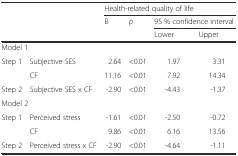
| <ROWSPAN=3-COLSPAN=2>  | <COLSPAN=4> Health-related quality of life |
 | <ROWSPAN=2> B | <ROWSPAN=2> p | <COLSPAN=2> 95 % confidence interval |
 | Lower | Upper |
 | --- | --- | --- | --- | --- | --- |
 | <COLSPAN=6> Model 1 |
 | <ROWSPAN=2> Step 1 | Subjective SES | 2.64 | <0.01 | 1.97 | 3.31 |
 | CF | 11.16 | <0.01 | 7.92 | 14.34 |
 | Step 2 | Subjective SES x CF | -2.90 | <0.01 | -4.43 | -1.37 |
 | <COLSPAN=6> Model 2 |
 | <ROWSPAN=2> Step 1 | Perceived stress | -1.61 | <0.01 | -2.50 | -0.72 |
 | CF | 9.86 | <0.01 | 6.16 | 13.56 |
 | Step 2 | Perceived stress x CF | -2.90 | <0.01 | -4.64 | -1.11 |